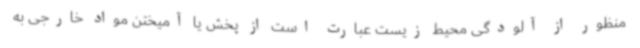
منظور از آلودگی محیط زیست عبارت است از پخش یا آمیختن مواد خارجی به